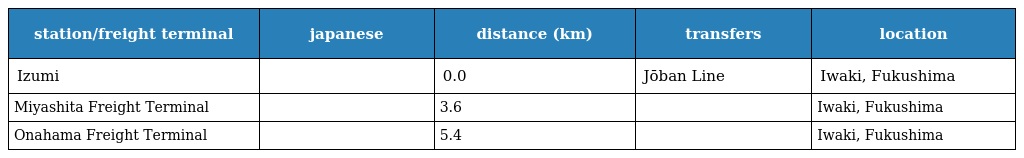
| station/freight terminal | japanese | distance (km) | transfers | location |
 | --- | --- | --- | --- | --- |
 | Izumi | 泉 | 0.0 | Jōban Line | Iwaki, Fukushima |
 | Miyashita Freight Terminal | 宮下 | 3.6 |  | Iwaki, Fukushima |
 | Onahama Freight Terminal | 小名浜 | 5.4 |  | Iwaki, Fukushima |